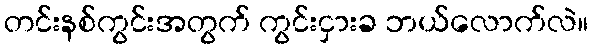
တင်းနစ်ကွင်းအတွက် ကွင်းငှားခ ဘယ်လောက်လဲ။